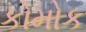
કોમોક